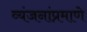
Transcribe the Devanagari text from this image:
व्यंजनांप्रमाणे